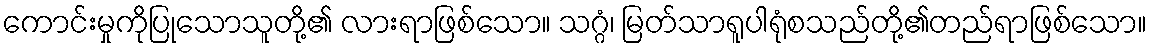
ကောင်းမှုကိုပြုသောသူတို့၏ လားရာဖြစ်သော။ သဂ္ဂံ၊ မြတ်သာရူပါရုံစသည်တို့၏တည်ရာဖြစ်သော။